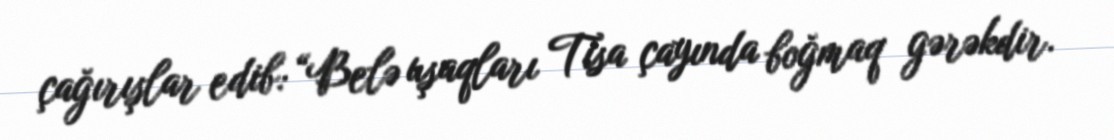
çağırışlar edib: “Belə uşaqları Tisa çayında boğmaq gərəkdir.